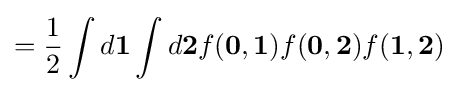
={\frac {1}{2}}\int d\mathbf {1} \int d\mathbf {2} f(\mathbf {0} ,\mathbf {1} )f(\mathbf {0} ,\mathbf {2} )f(\mathbf {1} ,\mathbf {2} )